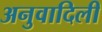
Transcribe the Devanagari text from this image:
अनुवादिली